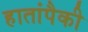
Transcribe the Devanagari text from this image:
हातांपैकी